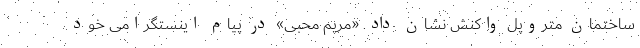
ساختمان متروپل واکنش نشان داد. «مریم محبی» در پیام اینستگرامی خود